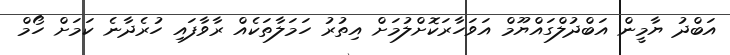
އަބްދު ޔާމީން އަބްދުލްގައްޔޫމް އަވަހާރަކޮށްލުމަށް އިތުރު ހަމަލާތަކެއް ރާވާފައި ހުރެދާނެ ކަމަށް ހޯމް